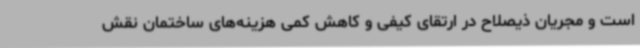
است و مجریان ذیصلاح در ارتقای کیفی و کاهش کمی هزینه‌های ساختمان نقش